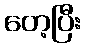
တေ့ပြီး